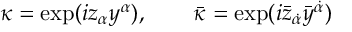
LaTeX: \kappa = \exp ( i z _ { \alpha } y ^ { \alpha } ) , \qquad \bar { \kappa } = \exp ( i \bar { z } _ { \dot { \alpha } } \bar { y } ^ { \dot { \alpha } } )